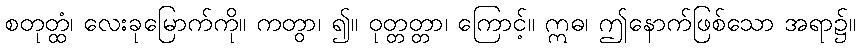
စတုတ္ထံ၊ လေးခုမြောက်ကို။ ကတွာ၊ ၍။ ဝုတ္တတ္တာ၊ ကြောင့်။ ဣဓ၊ ဤနောက်ဖြစ်သော အရာ၌။